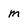
Character: m